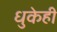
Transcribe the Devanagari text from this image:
धुकेही